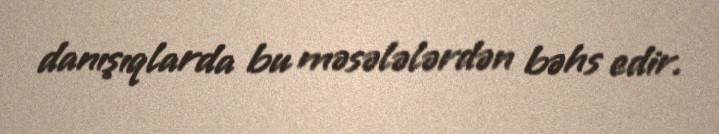
danışıqlarda bu məsələlərdən bəhs edir.